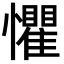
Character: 懼